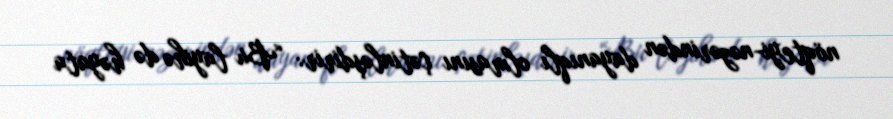
nöqteyi-nəzərindən dayanıqlı olmasını çətinləşdirir: “Bu layihə də həyata